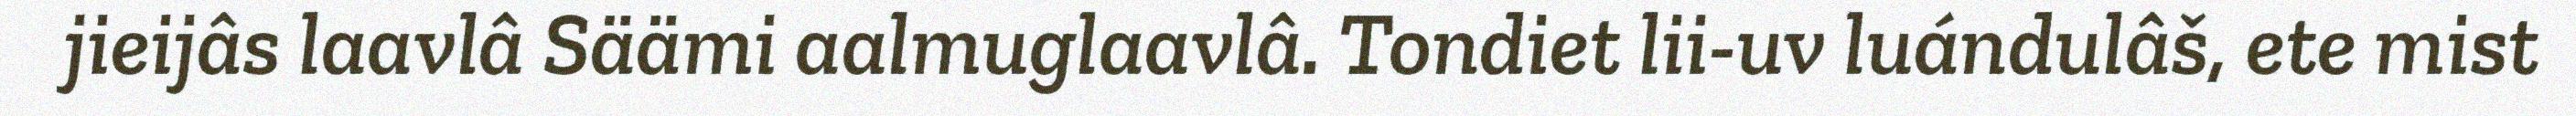
jieijâs laavlâ Säämi aalmuglaavlâ. Tondiet lii-uv luándulâš, ete mist